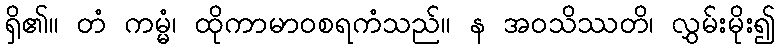
ရှိ၏။ တံ ကမ္မံ၊ ထိုကာမာဝစရကံသည်။ န အဝသိဿတိ၊ လွှမ်းမိုး၍